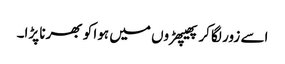
اسے زور لگا کر پھیپھڑوں میں ہوا کو بھرنا پڑا۔